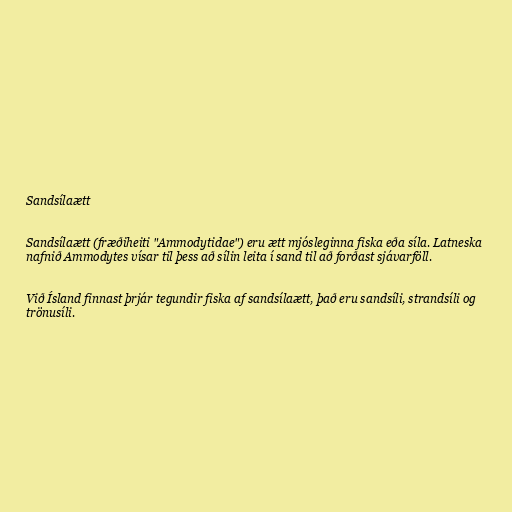
Sandsílaætt

Sandsílaætt (fræðiheiti "Ammodytidae") eru ætt mjósleginna fiska eða síla. Latneska
nafnið Ammodytes vísar til þess að sílin leita í sand til að forðast sjávarföll.

Við Ísland finnast þrjár tegundir fiska af sandsílaætt, það eru sandsíli, strandsíli og
trönusíli.